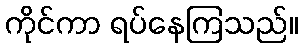
ကိုင်ကာ ရပ်နေကြသည်။